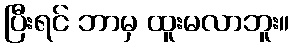
ပြီးရင် ဘာမှ ထူးမလာဘူး။